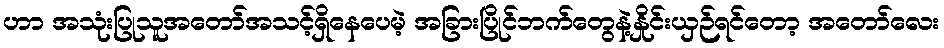
ဟာ အသုံးပြုသူအတော်အသင့်ရှိနေပေမဲ့ အခြားပြိုင်ဘက်တွေနဲ့နှိုင်းယှဉ်ရင်တော့ အတော်လေး